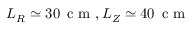
L _ { R } \simeq 3 0 \, \textrm { c m } , L _ { Z } \simeq 4 0 \, \textrm { c m }